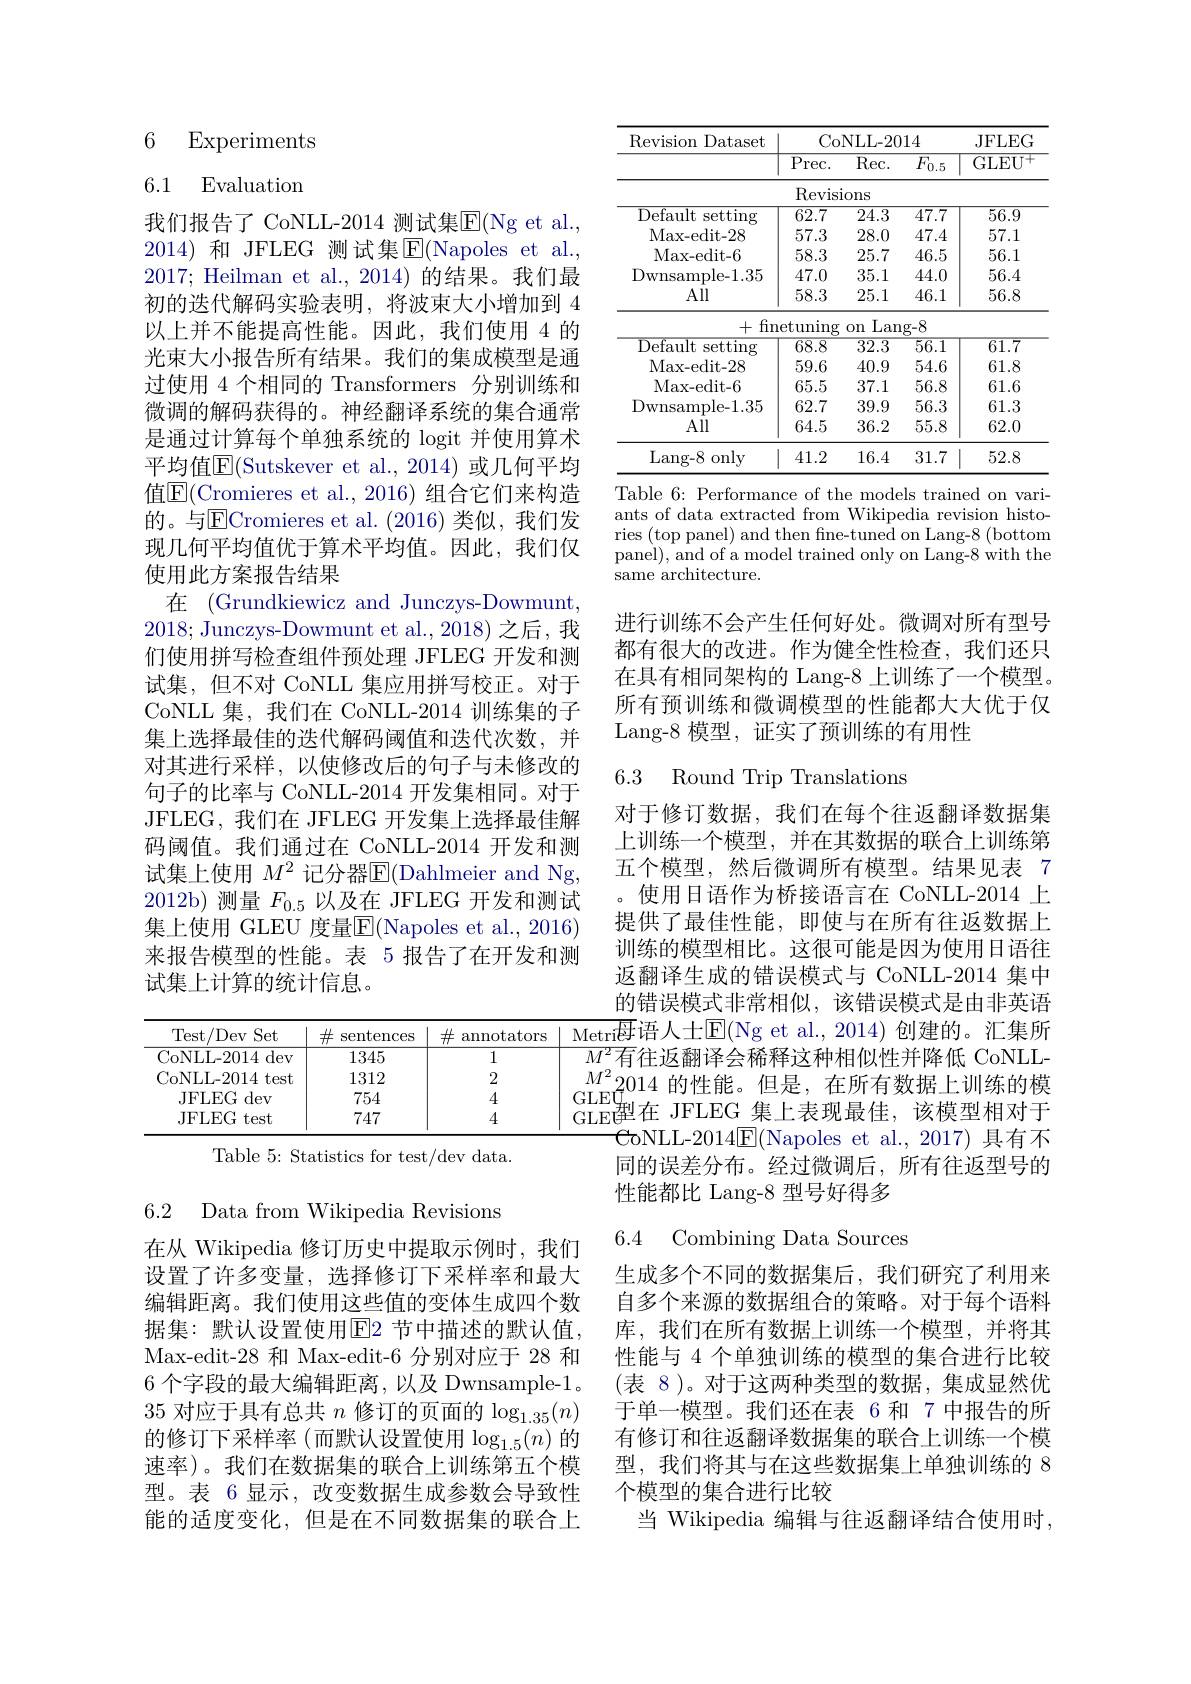
## 6 Experiments

6.1 Evaluation

我们报告了 CoNLL-2014 测试集$\overline{\mathrm{E}}($Ng et al., 2014) 和 JFLEG 测试集$\operatorname{E}($Napoles et al., 2017; Heilman et al., 2014) 的结果。我们最初的迭代解码实验表明，将波束大小增加到 4以上并不能提高性能。因此，我们使用 4 的光束大小报告所有结果。我们的集成模型是通过使用 4 个相同的 Transformers 分别训练和微调的解码获得的。神经翻译系统的集合通常是通过计算每个单独系统的 logit 并使用算术平均值$\mathbb{E}($Sutskever et al.,2014)或几何平均值$\overline{\mathrm{E}}($Cromieres et al., 2016) 组合它们来构造的。与$\overline{\mathrm{E}}$Cromieres et al.(2016)类似，我们发现几何平均值优于算术平均值。因此，我们仅使用此方案报告结果
在 (Grundkiewicz and Junczys-Dowmunt, 2018; Junczys-Dowmunt et al., 2018) 之后，我们使用拼写检查组件预处理 JFLEG 开发和测试集，但不对 CoNLL 集应用拼写校正。对于CoNLL 集，我们在 CoNLL-2014 训练集的子集上选择最佳的迭代解码阈值和迭代次数，并对其进行采样，以使修改后的句子与未修改的句子的比率与 CoNLL-2014 开发集相同。对于JFLEG, 我们在 JFLEG 开发集上选择最佳解码阈值。我们通过在 CoNLL-2014 开发和测试集上使用 $M^2$ 记分器E(Dahlmeier and Ng, 2012b)测量$F_{0.5}$以及在 JFLEG 开发和测试集上使用 GLEU 度量$\overline{\mathrm{F}}($Napoles et al.,2016) 来报告模型的性能。表 5 报告了在开发和测试集上计算的统计信息。

<table>
	<tbody>
		<tr>
			<th>/Dev Set Test</th>
			<th>$\#$ sentences</th>
			<th>$\#$ annotators</th>
			<th>Metri$t$</th>
		</tr>
		<tr>
			<td>CoNLL-2014 dev</td>
			<td>1345</td>
			<td>1</td>
			<td>$M^{2}$</td>
		</tr>
		<tr>
			<td>CoNLL-2014 test</td>
			<td>1312</td>
			<td>2</td>
			<td>$M^{2}.$</td>
		</tr>
		<tr>
			<td>JFLEG dev</td>
			<td>754</td>
			<td>4</td>
			<td>GLEQ</td>
		</tr>
		<tr>
			<td>JFLEG itest </td>
			<td>747</td>
			<td>4</td>
			<td>GLEG</td>
		</tr>
	</tbody>
</table>

Table 5: Statistics for test/dev data.

6.2 Data from Wikipedia Revisions

在从 Wikipedia 修订历史中提取示例时，我们设置了许多变量，选择修订下采样率和最大编辑距离。我们使用这些值的变体生成四个数据集：默认设置使用$\overline{E}$2 节中描述的默认值， Max-edit-28 和 Max-edit-6 分别对应于 28 和6 个字段的最大编辑距离，以及 Dwnsample-1。35对应于具有总共$n$修订的页面的$\log_1.35(n)$ 的修订下采样率(而默认设置使用$\log_1.5(n)$ 的速率)。我们在数据集的联合上训练第五个模型。表 6 显示，改变数据生成参数会导致性能的适度变化，但是在不同数据集的联合上

<table>
	<tbody>
		<tr>
			<th rowspan="2">Revision Dataset</th>
			<th colspan="3">CoNLL-2014</th>
			<th rowspan="2">JFLEG GLEU</th>
		</tr>
		<tr>
			<th>$\overline{\mathrm{Prec}.}$</th>
			<th>$\overline{\mathrm{Rec}}.$</th>
			<th>$\overline{F_{0.5}}$</th>
		</tr>
		<tr>
			<td> </td>
			<td>Revis</td>
			<td>ions</td>
			<td> </td>
			<td> </td>
		</tr>
		<tr>
			<td>Default setting $\because\angle AC=\angle AC$</td>
			<td>62.7</td>
			<td>24.3</td>
			<td>47.7</td>
			<td>56.9</td>
		</tr>
		<tr>
			<td>Max- edit- 28</td>
			<td>57.3</td>
			<td>28.0</td>
			<td>47.4</td>
			<td>57.1</td>
		</tr>
		<tr>
			<td>Max- edit- 6</td>
			<td>58.3</td>
			<td>25.7</td>
			<td>46.5</td>
			<td>56.1</td>
		</tr>
		<tr>
			<td>Dwnsample- 1. 35</td>
			<td>47.0</td>
			<td>35.1</td>
			<td>44.0</td>
			<td>56.4</td>
		</tr>
		<tr>
			<td>All</td>
			<td>58.3</td>
			<td>25.1</td>
			<td>46.1</td>
			<td>56.8</td>
		</tr>
		<tr>
			<td>+fin</td>
			<td>$\operatorname{etuning}$</td>
			<td>Lan $0n$</td>
			<td>$.g-8$</td>
			<td> </td>
		</tr>
		<tr>
			<td>Default s setting</td>
			<td>$\overline{68.8}$</td>
			<td>$\overline{32.3}$</td>
			<td>$\overline{56.1}$</td>
			<td>$\overline{61.7}$</td>
		</tr>
		<tr>
			<td>Max- edit- 28</td>
			<td>59.6</td>
			<td>40.9</td>
			<td>54.6</td>
			<td>61.8</td>
		</tr>
		<tr>
			<td>Max- edit- 6</td>
			<td>65.5</td>
			<td>37.1</td>
			<td>56.8</td>
			<td>61.6</td>
		</tr>
		<tr>
			<td>Dwnsample- 1. 35</td>
			<td>62.7</td>
			<td>39.9</td>
			<td>56.3</td>
			<td>61.3</td>
		</tr>
		<tr>
			<td>All</td>
			<td>64.5</td>
			<td>36.2</td>
			<td>55.8</td>
			<td>62.0</td>
		</tr>
		<tr>
			<td>Lang- 8 only</td>
			<td>41.2</td>
			<td>16.4</td>
			<td>31.7</td>
			<td>52.8</td>
		</tr>
	</tbody>
</table>

Table 6: Performance of the models trained on variants of data extracted from Wikipedia revision histories (top panel) and then fine-tuned on Lang-8 (bottom panel), and of a model trained only on Lang-8 with the same architecture.

进行训练不会产生任何好处。微调对所有型号都有很大的改进。作为健全性检查，我们还只在具有相同架构的 Lang-8 上训练了一个模型。所有预训练和微调模型的性能都大大优于仅Lang-8 模型，证实了预训练的有用性

6.3 Round Trip Translations

对于修订数据，我们在每个往返翻译数据集上训练一个模型，并在其数据的联合上训练第五个模型，然后微调所有模型。结果见表 7 。使用日语作为桥接语言在 CoNLL-2014 上提供了最佳性能，即使与在所有往返数据上训练的模型相比。这很可能是因为使用日语往返翻译生成的错误模式与 CoNLL-2014 集中的错误模式非常相似，该错误模式是由非英语
$\overline{{\mathrm{Metri}}}$母语人士$\mathbb{E}|($Ng et al.,2014)创建的。汇集所$\overline{M^2}$有往返翻译会稀释这种相似性并降低 CoNLL- $\begin{array}{c}{M^{2}}{2014\text{ 的性能。但是，在所有数据上训练的模}}\\{\mathrm{GLEU}_{\mathrm{wh}}\leftarrow\mathrm{~TH}_{\mathrm{wh}}(t-\mathrm{~wh})+\mathrm{~wh}(t-\mathrm{~whhh})}\end{array}$
$CoNLL- 2014$E(Napoles et al.,2017) 具有不同的误差分布。经过微调后，所有往返型号的性能都比 Lang-8 型号好得多

6.4 Combining Data Sources

生成多个不同的数据集后，我们研究了利用来自多个来源的数据组合的策略。对于每个语料库，我们在所有数据上训练一个模型，并将其性能与 4 个单独训练的模型的集合进行比较(表 8)。对于这两种类型的数据，集成显然优于单一模型。我们还在表 6 和 7 中报告的所有修订和往返翻译数据集的联合上训练一个模型，我们将其与在这些数据集上单独训练的 8个模型的集合进行比较
当 Wikipedia 编辑与往返翻译结合使用时，